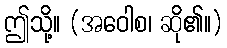
ဤသို့။ (အဝေါစ၊ ဆို၏။)